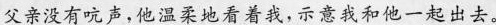
父亲没有吭声,他温柔地看着我,示意我和他一起出去。